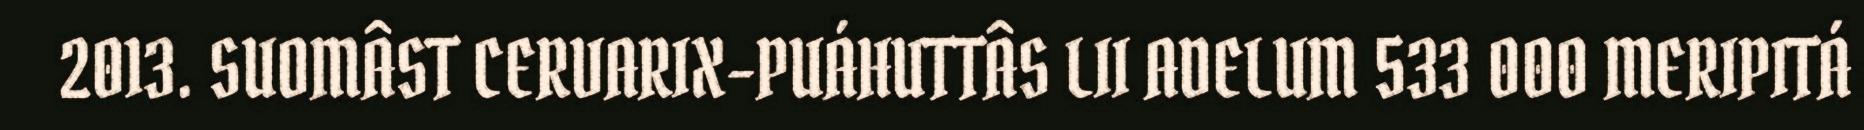
2013. SUOMÂST CERVARIX-PUÁHUTTÂS LII ADELUM 533 000 MERIPITÁ